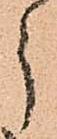
う